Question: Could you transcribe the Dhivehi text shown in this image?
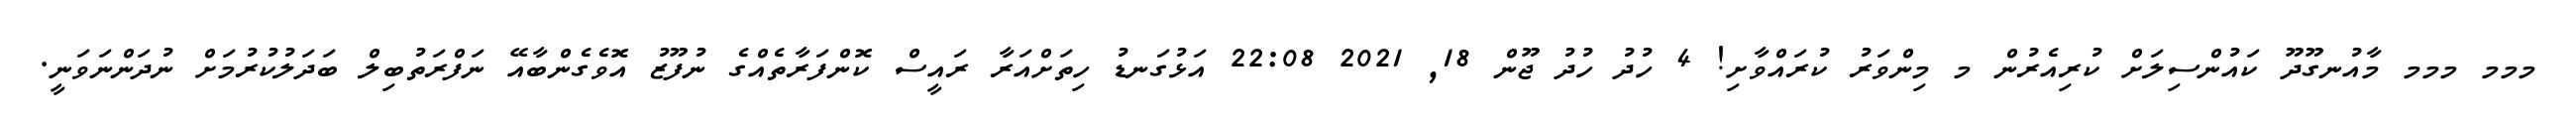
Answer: މމމ މމމ މާއުނގޫދޫ ކައުންސިލަށް ކުރިއެރުން މ މިންވަރު ކުރައްވާށި! 4 ހުދު ހުދު ޖޫން 18, 2021 22:08 އަޅުގަނޑު ހިތަށްއަރާ ރައީސް ކޮންފަރާތެއްގެ ނުފޫޒު އޮވެގެންބާއޭ ނަފްރަތުބިލް ބަދަލުކުރުމަށް ނުދަންނަވަނީ.